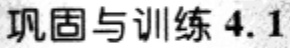
巩固与训练 4.1